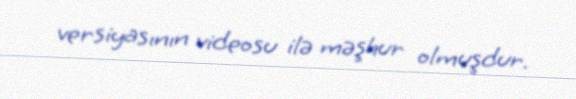
versiyasının videosu ilə məşhur olmuşdur.